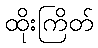
ထိုးကြိတ်